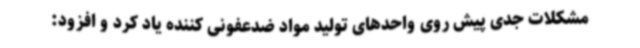
مشکلات جدی پیش روی واحدهای تولید مواد ضدعفونی کننده یاد کرد و افزود: